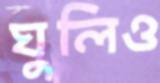
ঘুলিও